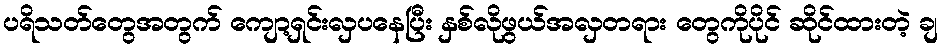
ပရိသတ်တွေအတွက် ကျော့ရှင်းလှပနေပြီး နှစ်လိုဖွယ်အလှတရား တွေကိုပိုင် ဆိုင်ထားတဲ့ ချ